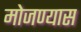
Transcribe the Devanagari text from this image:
मोजण्यास